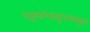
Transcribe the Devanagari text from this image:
पट्ट्यांपासूनपासून